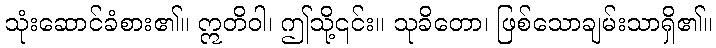
သုံးဆောင်ခံစား၏။ ဣတိဝါ၊ ဤသို့၎င်း။ သုခိတော၊ ဖြစ်သောချမ်းသာရှိ၏။